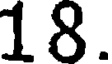
18.